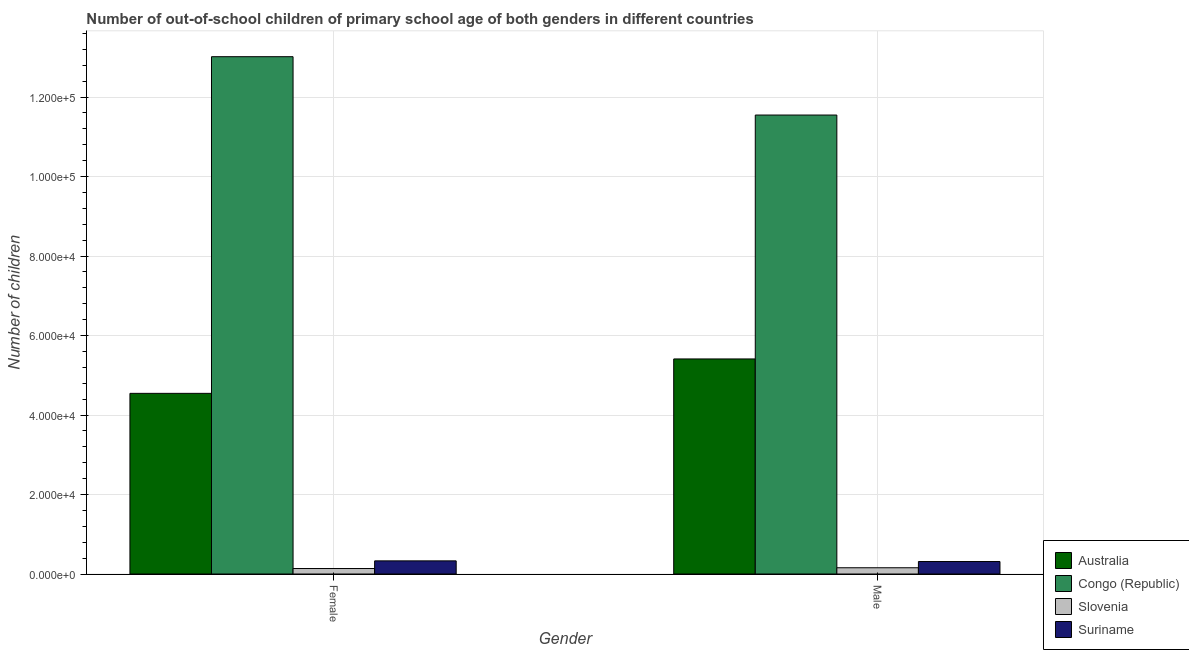
| Gender | Australia | Congo (Republic) | Slovenia | Suriname |
 | --- | --- | --- | --- | --- |
 | Female | 4.54e+04 | 1.3e+05 | 1.38e+03 | 3.30e+03 |
 | Male | 5.41e+04 | 1.15e+05 | 1.57e+03 | 3.14e+03 |